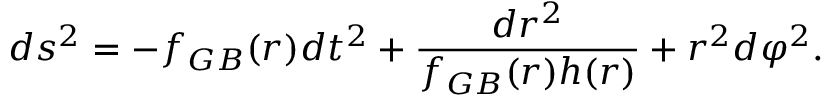
d s ^ { 2 } = - f _ { G B } ( r ) d t ^ { 2 } + \frac { d r ^ { 2 } } { f _ { G B } ( r ) h ( r ) } + r ^ { 2 } d \varphi ^ { 2 } .